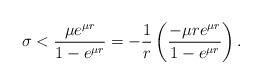
LaTeX: \begin{align*} \sigma <\frac{{\mu e^{\mu r} }}{1 - e^{\mu r} }=-\frac{1}{r}\left(\frac{-\mu r e^{\mu r} }{1 - e^{\mu r} }\right).\end{align*}